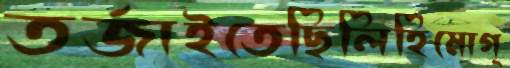
তর্জাইতেছিলিহিমোগ্